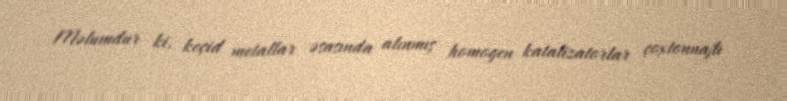
Məlumdur ki, keçid metallar əsasında alınmış homogen katalizatorlar çoxtonnajlı